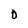
Character: 0